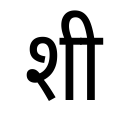
OCR:
शी